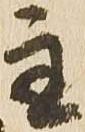
主